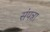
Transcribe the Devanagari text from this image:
संपन्ना